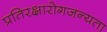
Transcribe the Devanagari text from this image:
प्रतिरक्षारोगजन्यता